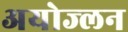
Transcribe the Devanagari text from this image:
अयोज्लन